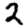
Digit: 2